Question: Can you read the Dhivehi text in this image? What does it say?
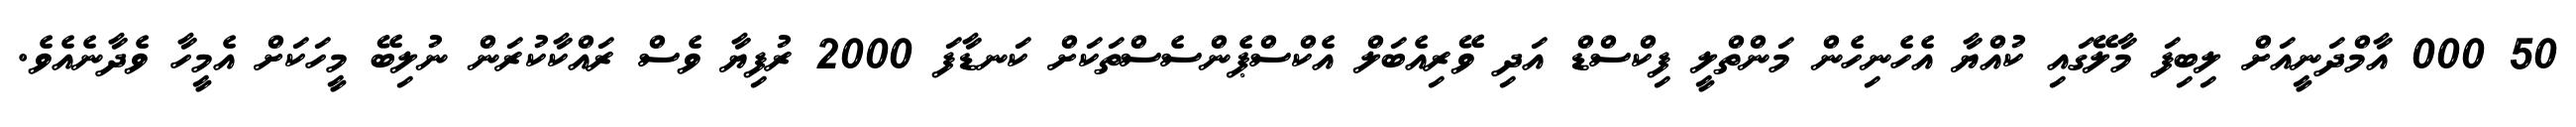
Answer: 50 000 އާމްދަނީއަށް ލިބިފަ މާލޭގައި ކުއްޔާ އެހެނިހެން މަންތްލީ ފިކްސްޑް އަދި ވޭރިއެބަލް އެކްސްޕެންސެސްތަކަށް ކަނޑާފަ 2000 ރުފިޔާ ވެސް ރައްކާކުރަން ނުލިބޭ މީހަކަށް އެމީހާ ވެދާނެއެވެ.